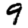
Digit: 9